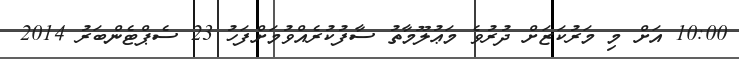
10:00 އަށް މި މަރުކަޒަށް ދުރުވެ މަޢުލޫމާތު ސާފުކުރެއްވުމަށްފަހު 23 ސެޕްޓެންބަރު 2014